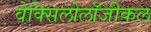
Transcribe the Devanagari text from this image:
वेक्सिलोलॉजीकल